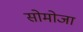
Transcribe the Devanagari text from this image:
सोमोजा